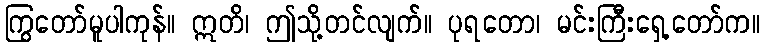
ကြွတော်မူပါကုန်။ ဣတိ၊ ဤသို့တင်လျက်။ ပုရတော၊ မင်းကြီးရှေ့တော်က။